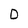
Character: D